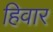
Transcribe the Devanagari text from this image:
हिवार